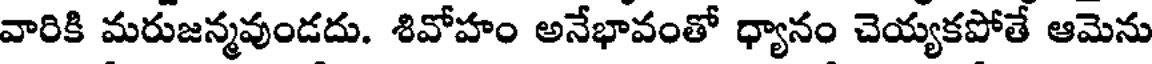
వారికి మరుజన్మవుండదు. శివోహం అనేభావంతో ధ్యానం చెయ్యకపోతే ఆమెను